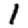
Digit: 1